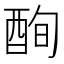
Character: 𲆫